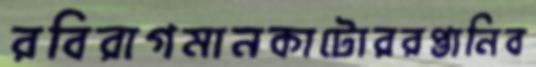
রবিরাগমানকাটোররপ্তানিব